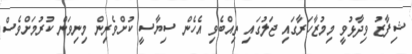
ޝިފާޒު ވިދާޅުވީ މިމުޒާހަރާގައި ޖަލުގައި ތިއްބެވި އެހެން ސިޔާސީ ކުށްވެރިން މިނިވަން ކުރުމަށްވެސް